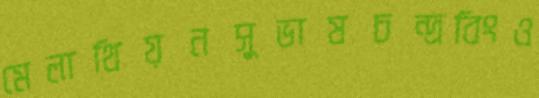
মেলাথিয়নসুভাষচন্দ্রবিংও